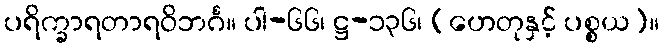
ပရိက္ခာရတာရဝိဘင်္ဂ။ ပါ-၆၆၊ ဋ္ဌ-၁၃၆၊ (ဟေတုနှင့် ပစ္စယ)။